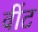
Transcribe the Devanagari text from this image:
वींट